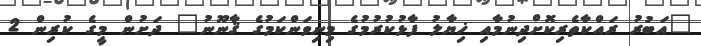
"އަބުރު ރައްކާތެރިކޮށްދިނުމާއި ޚިޔާލު ފާޅުކުރުމުގެ މިނިވަންކަމުގެ ޤާނޫނު" ދަށުން މީގެ ކުރިން 2